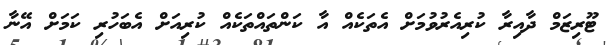
ޓޫރިޒަމް ދާއިރާ ކުރިއެރުވުމަށް އެތަކެއް އާ ކަންތައްތަކެއް ކުރިއަށް އެބަހުރި ކަމަށް އޭނާ